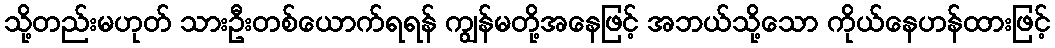
သို့တည်းမဟုတ် သားဦးတစ်ယောက်ရရန် ကျွန်မတို့အနေဖြင့် အဘယ်သို့သော ကိုယ်နေဟန်ထားဖြင့်